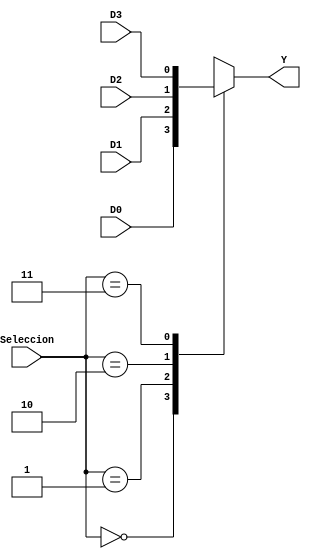
`timescale 1ns / 1ps
//////////////////////////////////////////////////////////////////////////////////
// Company: 
// Engineer: 
// 
// Design Name: 
// Module Name:    Mux_Saltos 
// Project Name: 
// Target Devices: 
// Tool versions: 
// Description: 
//
// Dependencies: 
//
// Revision: 
// Revision 0.01 - File Created
// Additional Comments: 
//
//////////////////////////////////////////////////////////////////////////////////
module MUX_Saltos(Seleccion,D0,D1,D2,D3,Y);

input [1:0] Seleccion;
input  D0,D1,D2,D3;
output Y;

reg Y;

always @(Seleccion or D0 or D1 or D2 or D3)
  case(Seleccion)
   2'b00: Y = D0;
   2'b01: Y = D1;
   2'b10: Y = D2;
	2'b11: Y = D3;
   default: Y = 0;
  endcase

endmodule